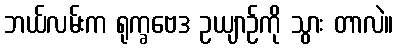
ဘယ်လမ်းက ရုက္ခဗေဒ ဥယျာဉ်ကို သွား တာလဲ။